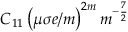
C _ { 1 1 } \left( \mu \sigma e / m \right) ^ { 2 m } m ^ { - \frac { 7 } { 2 } }